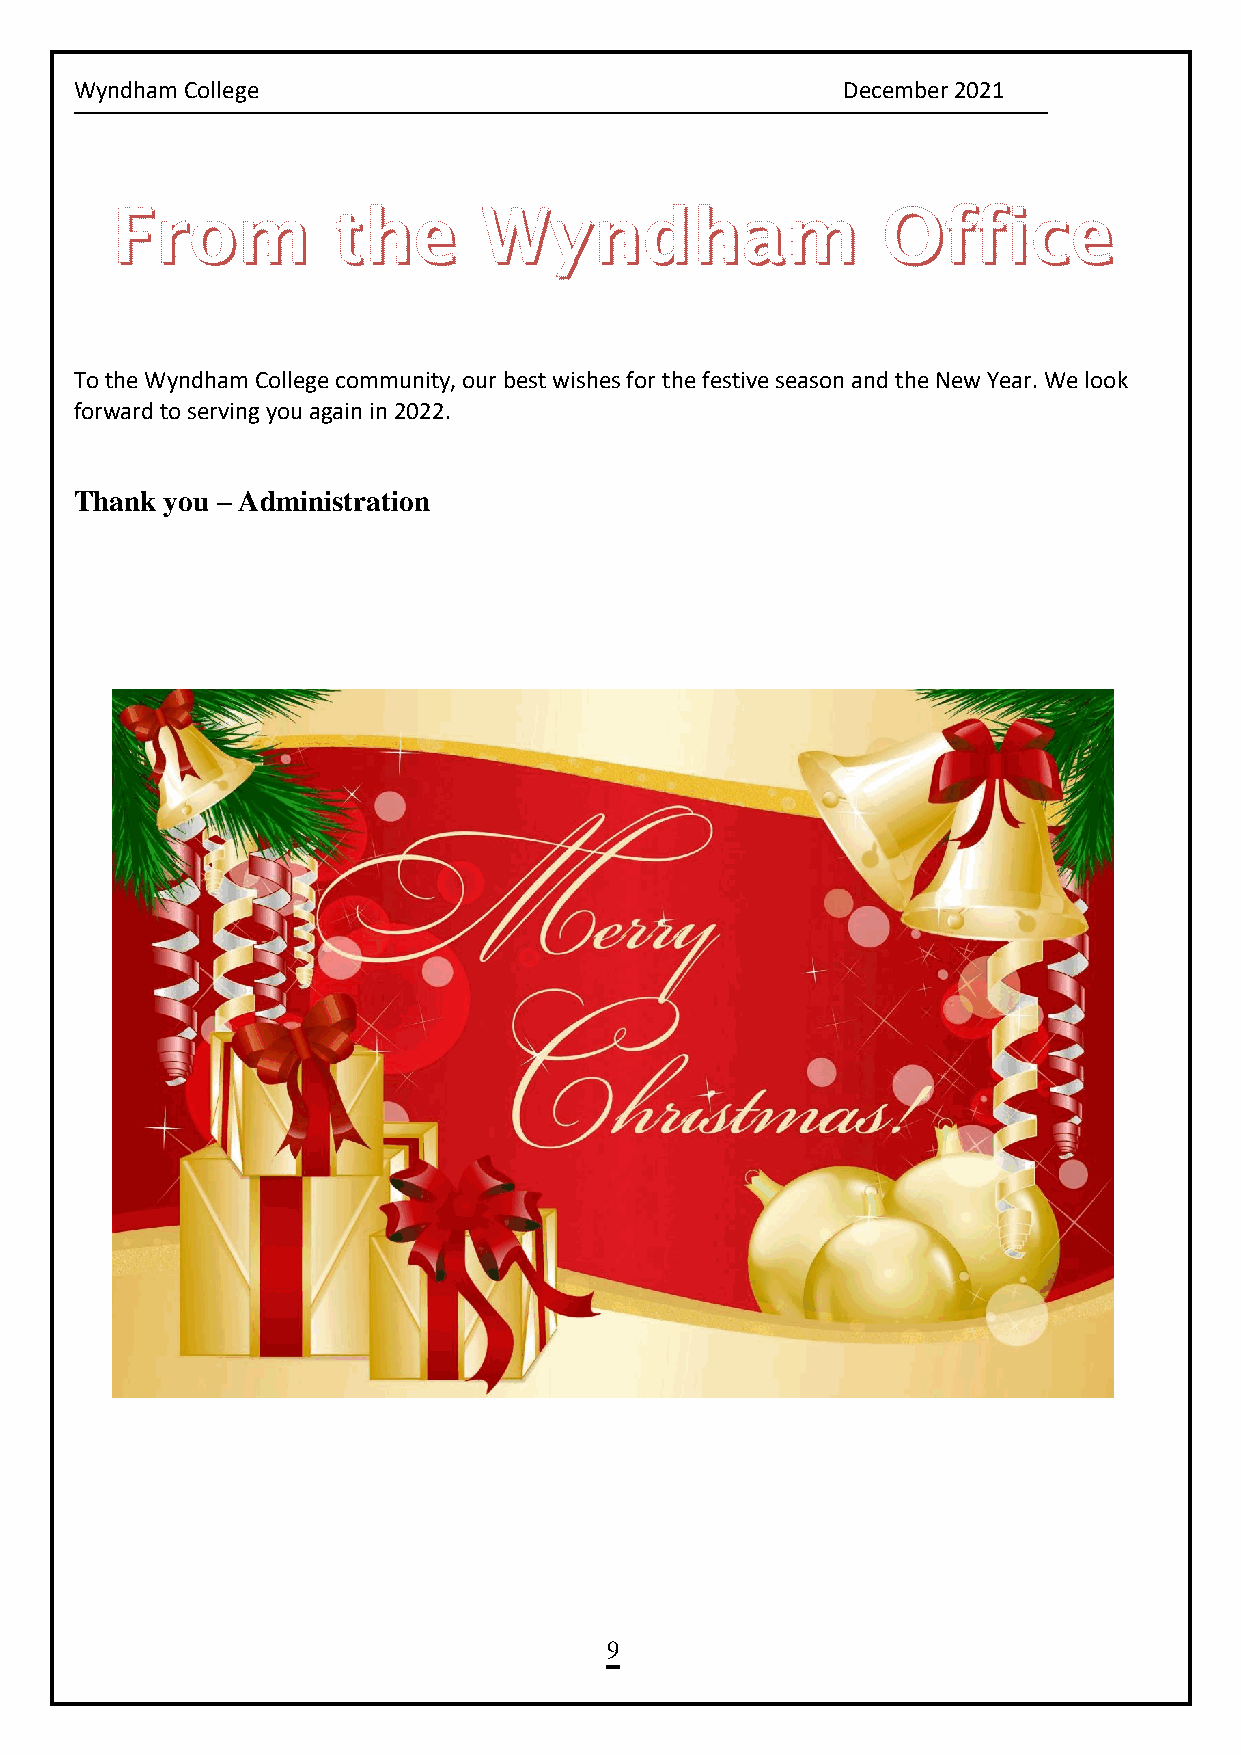
Wyndham College                                    December 2021
 To the Wyndham College community, our best wishes for the festive season and the New Year. We look
 forward to serving you again in 2022.
 Thank you – Administration
 9